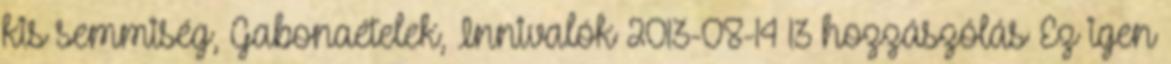
kis semmiség, Gabonaételek, Innivalók 2013-08-14 13 hozzászólás Ez igen